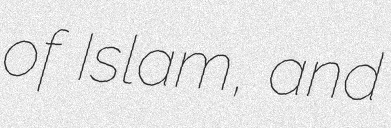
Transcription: of Islam, and